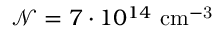
\mathcal { N } = 7 \cdot 1 0 ^ { 1 4 } \mathrm { ~ c m ^ { - 3 } }